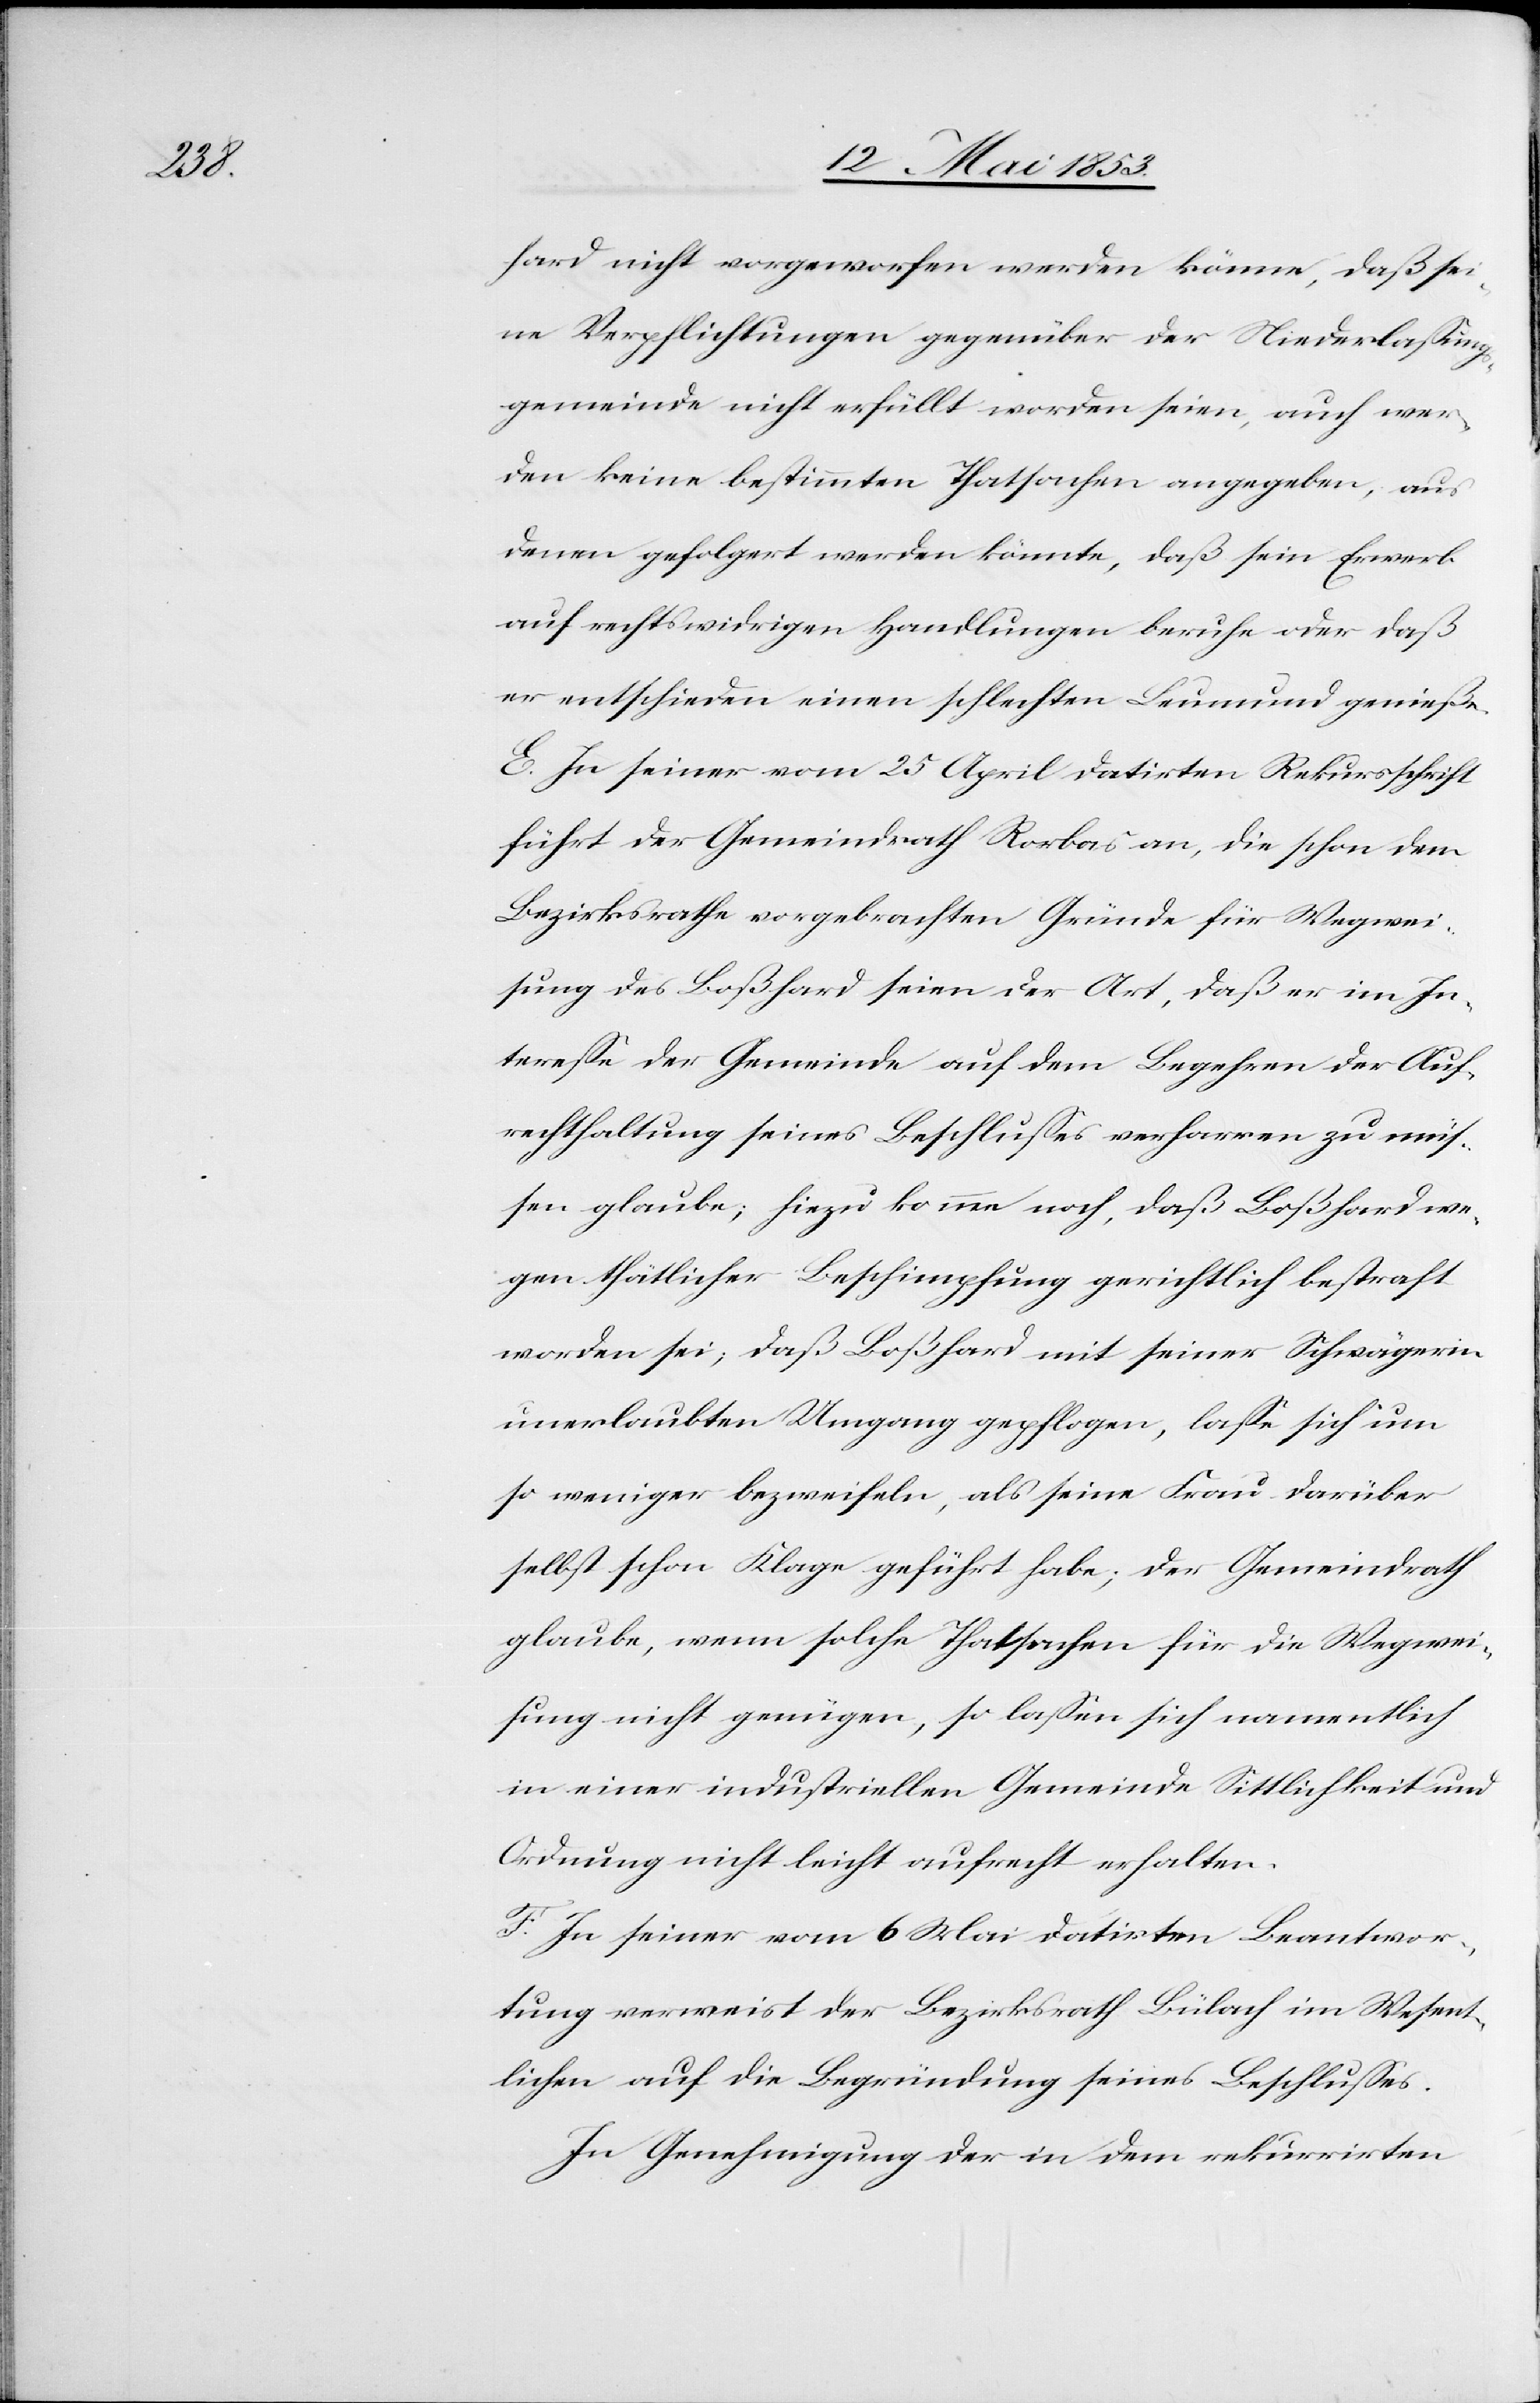
hard nicht vorgeworfen werden könne, daß sei¬
ne Verpflichtungen gegenüber der Niederlaßungs¬
gemeinde nicht erfüllt worden seien, auch wer¬
den keine bestimmten Thatsachen angegeben, aus
denen gefolgert werden könnte, daß sein Erwerb
auf rechtswidrigen Handlungen beruhe oder daß
er entschieden einen schlechten Leumund genieße.
E. In seiner vom 25 April datirten Rekursschrift
führt der Gemeindrath Rorbas an, die schon dem
Bezirksrathe vorgebrachten Gründe für Wegwei¬
sung des Boßhard seien der Art, daß er im In¬
tereße der Gemeinde auf dem Begehren der Auf¬
rechthaltung seines Beschlußes verharren zu müs¬
sen glaube; hiezu komme noch, daß Boßhard we¬
gen thätlicher Beschimpfung gerichtlich bestraft
worden sei, daß Boßhard mit seiner Schwägerin
unerlaubten Umgang gepflogen, laße sich um
so weniger bezweifeln, als seine Frau darüber
selbst schon Klage geführt habe; der Gemeindrath
glaube, wenn solche Thatsachen für die Wegwei¬
sung nicht genügen, so laßen sich namentlich
in einer industriellen Gemeinde Sittlichkeit und
Ordnung nicht leicht aufrecht erhalten.
F. In seiner vom 6 Mai datirten Beantwor¬
tung verweist der Bezirksrath Bülach im Wesent¬
lichen auf die Begründung seines Beschlußes.
In Genehmigung der in dem rekurrirten